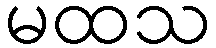
မထသ